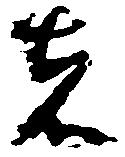
者